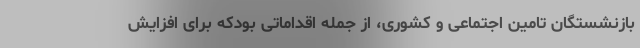
بازنشستگان تامین اجتماعی و کشوری، از جمله اقداماتی بودکه برای افزایش